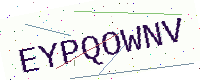
Text: EYPQOWNV